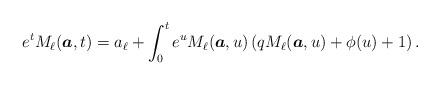
LaTeX: \begin{align*} e^t M_\ell(\boldsymbol{a},t) = a_\ell + \int_0^t e^u M_\ell(\boldsymbol{a},u) \left(q M_\ell(\boldsymbol{a},u) + \phi(u) + 1\right).\end{align*}